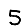
Digit: 5